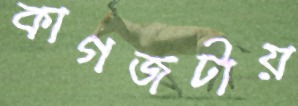
কাগজটায়